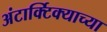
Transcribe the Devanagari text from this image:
अंटार्क्टिक्याच्या